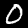
Digit: 0